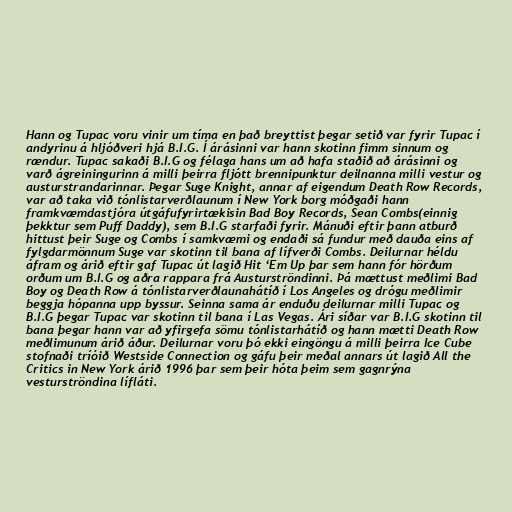
Hann og Tupac voru vinir um tíma en það breyttist þegar setið var fyrir Tupac í
andyrinu á hljóðveri hjá B.I.G. Í árásinni var hann skotinn fimm sinnum og
rændur. Tupac sakaði B.I.G og félaga hans um að hafa staðið að árásinni og
varð ágreiningurinn á milli þeirra fljótt brennipunktur deilnanna milli vestur og
austurstrandarinnar. Þegar Suge Knight, annar af eigendum Death Row Records,
var að taka við tónlistarverðlaunum í New York borg móðgaði hann
framkvæmdastjóra útgáfufyrirtækisin Bad Boy Records, Sean Combs(einnig
þekktur sem Puff Daddy), sem B.I.G starfaði fyrir. Mánuði eftir þann atburð
hittust þeir Suge og Combs í samkvæmi og endaði sá fundur með dauða eins af
fylgdarmönnum Suge var skotinn til bana af lífverði Combs. Deilurnar héldu
áfram og árið eftir gaf Tupac út lagið Hit ‘Em Up þar sem hann fór hörðum
orðum um B.I.G og aðra rappara frá Austurströndinni. Þá mættust meðlimi Bad
Boy og Death Row á tónlistarverðlaunahátíð í Los Angeles og drógu meðlimir
beggja hópanna upp byssur. Seinna sama ár enduðu deilurnar milli Tupac og
B.I.G þegar Tupac var skotinn til bana í Las Vegas. Ári síðar var B.I.G skotinn til
bana þegar hann var að yfirgefa sömu tónlistarhátíð og hann mætti Death Row
meðlimunum árið áður. Deilurnar voru þó ekki eingöngu á milli þeirra Ice Cube
stofnaði tríóið Westside Connection og gáfu þeir meðal annars út lagið All the
Critics in New York árið 1996 þar sem þeir hóta þeim sem gagnrýna
vesturströndina lífláti.